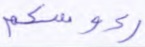
رءوسكم